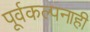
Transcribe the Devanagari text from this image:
पूर्वकल्पनाही